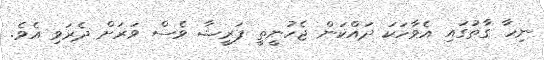
ނިހާ ގާތުގައި އެވާހަކަ ދައްކަން ޖެހުނީތީ ފަރީޝާ ވެސް ވަރަށް ދެރަވި އެވެ.